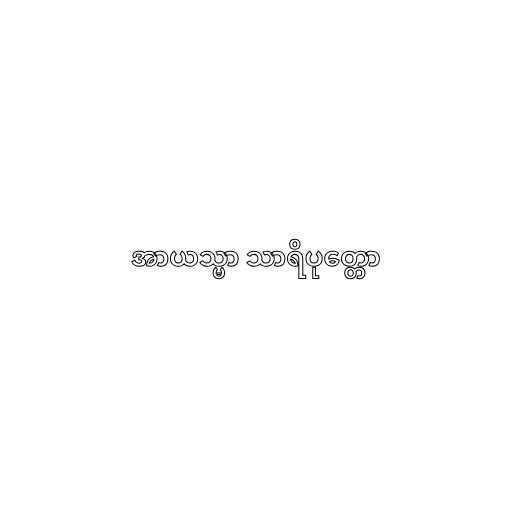
အာယသ္မာ သာရိပုတ္တော